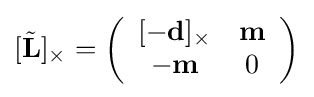
[{\tilde {\mathbf {L} }}]_{\times }=\left({\begin{array}{cc}[-\mathbf {d} ]_{\times }&\mathbf {m} \\-\mathbf {m} &0\end{array}}\right)